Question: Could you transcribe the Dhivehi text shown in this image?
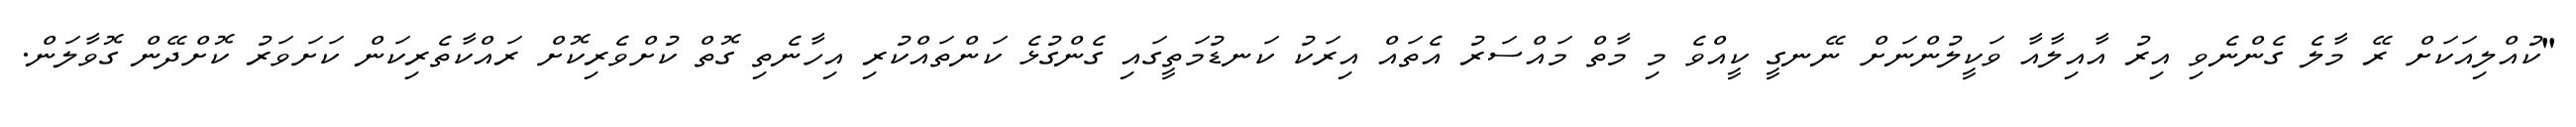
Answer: "ކުއްލިއަކަށް ރޭ މާލެ ގެންނެވި އިރު އާއިލާއާ ވަކީލުންނަށް ނޭނގީ ކީއްވެ މި މާތް މައްސަރު އެތައް އިރަކު ކަނޑުމަތީގައި ގެންގުޅެ ކަންތައްކުރި އިހާނެތި ގޮތް ކުށްވެރިކޮށް ރައްކާތެރިކަން ކަށަވަރު ކޮށްދޭން ގޮވާލަން.